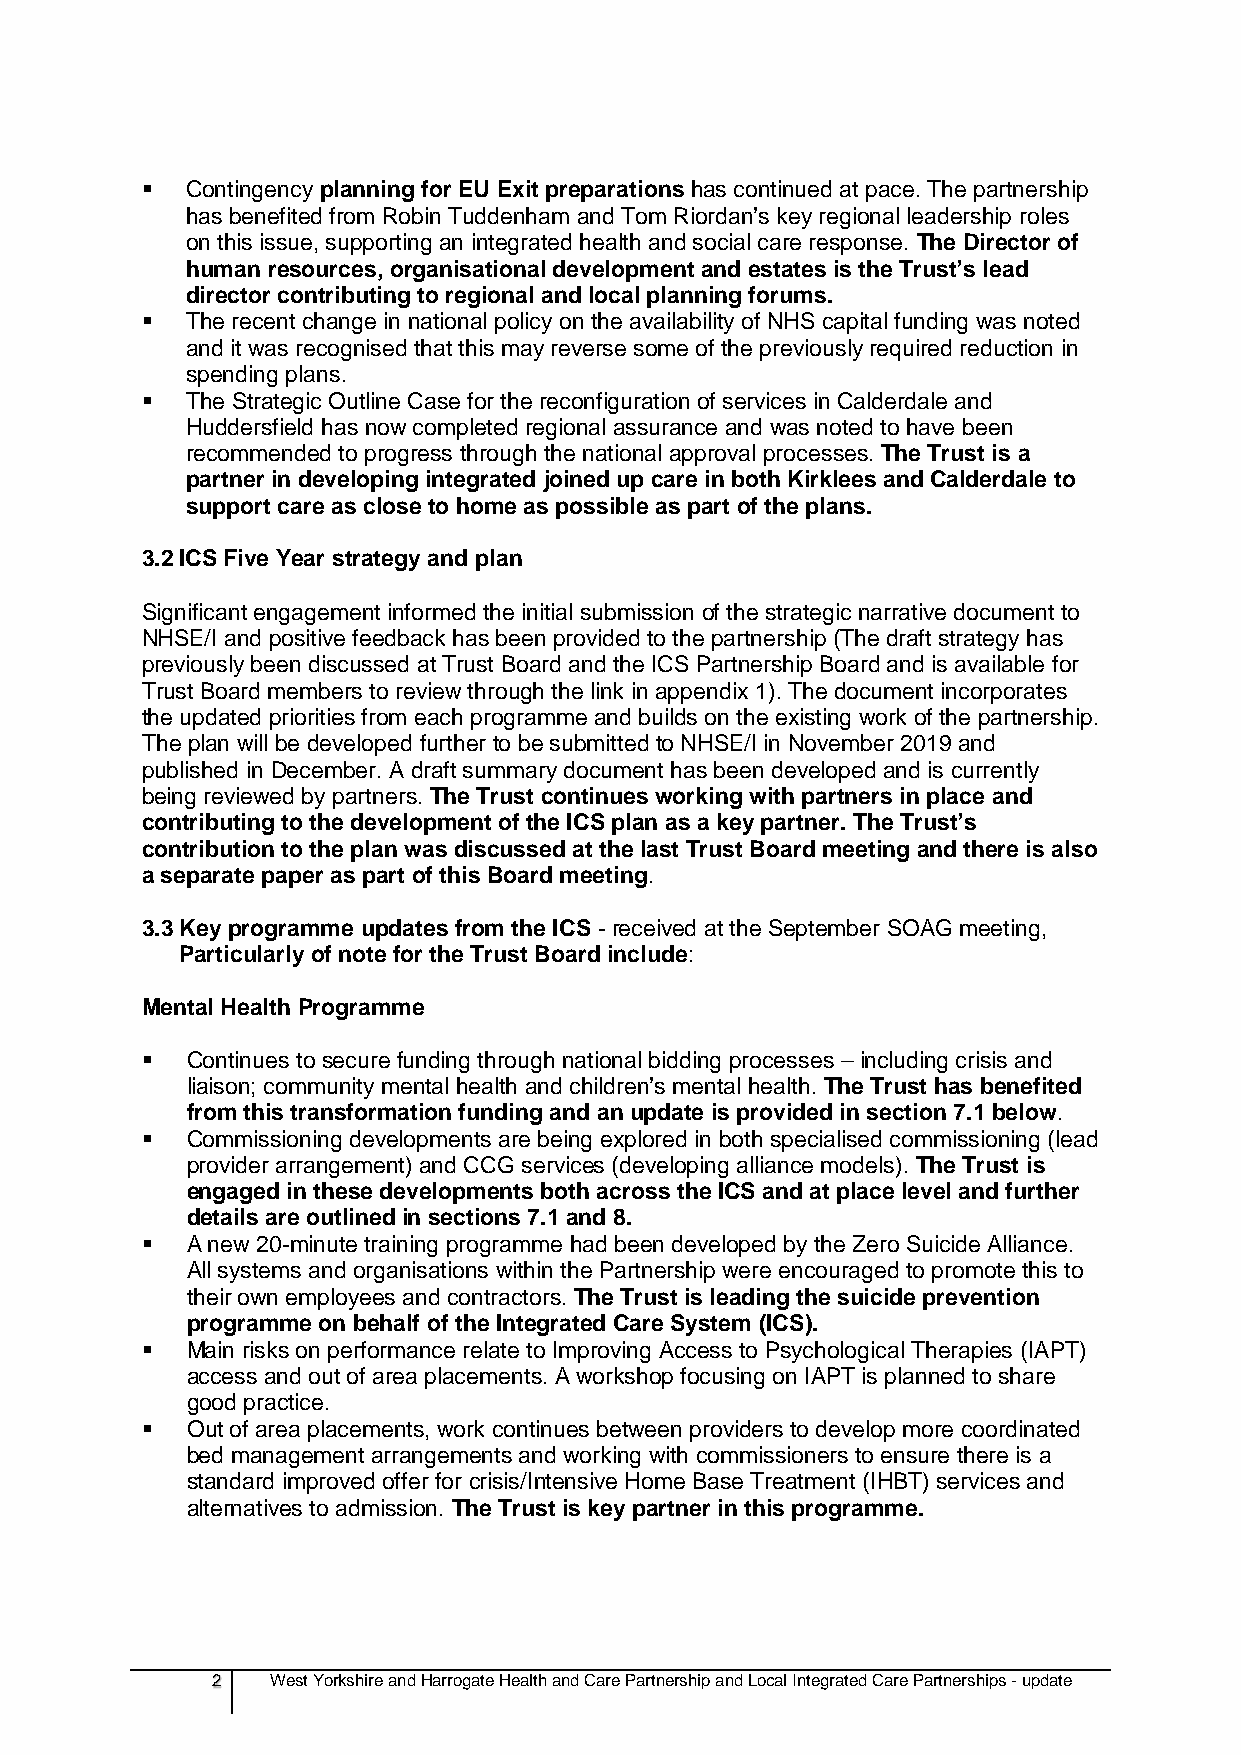
  Contingency planning for EU Exit preparations has continued at pace. The partnership
 has benefited from Robin Tuddenham and Tom Riordan’s key regional leadership roles
 on this issue, supporting an integrated health and social care response. The Director of
 human resources, organisational development and estates is the Trust’s lead
 director contributing to regional and local planning forums.
   The recent change in national policy on the availability of NHS capital funding was noted
 and it was recognised that this may reverse some of the previously required reduction in
 spending plans.
   The Strategic Outline Case for the reconfiguration of services in Calderdale and
 Huddersfield has now completed regional assurance and was noted to have been
 recommended to progress through the national approval processes. The Trust is a
 partner in developing integrated joined up care in both Kirklees and Calderdale to
 support care as close to home as possible as part of the plans.
 3.2 ICS Five Year strategy and plan
 Significant engagement informed the initial submission of the strategic narrative document to
 NHSE/I and positive feedback has been provided to the partnership (The draft strategy has
 previously been discussed at Trust Board and the ICS Partnership Board and is available for
 Trust Board members to review through the link in appendix 1). The document incorporates
 the updated priorities from each programme and builds on the existing work of the partnership.
 The plan will be developed further to be submitted to NHSE/I in November 2019 and
 published in December. A draft summary document has been developed and is currently
 being reviewed by partners. The Trust continues working with partners in place and
 contributing to the development of the ICS plan as a key partner. The Trust’s
 contribution to the plan was discussed at the last Trust Board meeting and there is also
 a separate paper as part of this Board meeting.
 3.3 Key programme updates from the ICS - received at the September SOAG meeting,
 Particularly of note for the Trust Board include:
 Mental Health Programme
   Continues to secure funding through national bidding processes – including crisis and
 liaison; community mental health and children’s mental health. The Trust has benefited
 from this transformation funding and an update is provided in section 7.1 below.
   Commissioning developments are being explored in both specialised commissioning (lead
 provider arrangement) and CCG services (developing alliance models). The Trust is
 engaged in these developments both across the ICS and at place level and further
 details are outlined in sections 7.1 and 8.
   A new 20-minute training programme had been developed by the Zero Suicide Alliance.
 All systems and organisations within the Partnership were encouraged to promote this to
 their own employees and contractors. The Trust is leading the suicide prevention
 programme on behalf of the Integrated Care System (ICS).
   Main risks on performance relate to Improving Access to Psychological Therapies (IAPT)
 access and out of area placements. A workshop focusing on IAPT is planned to share
 good practice.
   Out of area placements, work continues between providers to develop more coordinated
 bed management arrangements and working with commissioners to ensure there is a
 standard improved offer for crisis/Intensive Home Base Treatment (IHBT) services and
 alternatives to admission. The Trust is key partner in this programme.
 2   West Yorkshire and Harrogate Health and Care Partnership and Local Integrated Care Partnerships - update